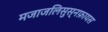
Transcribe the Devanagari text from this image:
मजाजलिसुस्नफ़ायस